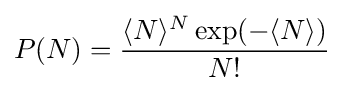
P(N)={\frac {\langle N\rangle ^{N}\exp(-\langle N\rangle )}{N!}}